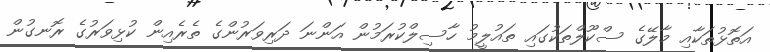
އަތޮޅުތަކާއި މާލޭގެ ސްކޫލްތަކުގައި ތައުލީމު ހާސިލްކުރަމުން އަންނަ ދަރިވަރުންގެ ތެރެއިން ކުޅިވަރުގެ ރޮނގުން